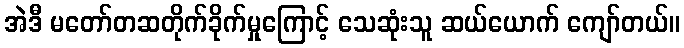
အဲဒီ မတော်တဆတိုက်ခိုက်မှုကြောင့် သေဆုံးသူ ဆယ်ယောက် ကျော်တယ်။